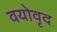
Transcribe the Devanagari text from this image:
वयोवृद